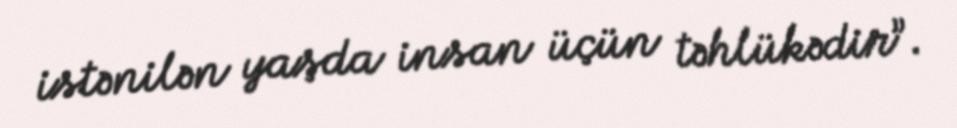
istənilən yaşda insan üçün təhlükədir”.